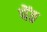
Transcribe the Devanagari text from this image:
पेंठ